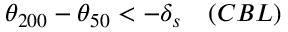
\theta _ { 2 0 0 } - \theta _ { 5 0 } < - \delta _ { s } \quad ( C B L )